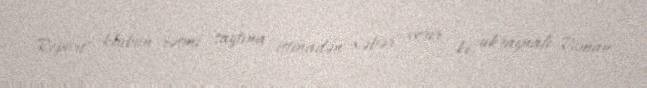
Report" klubun rəsmi saytına istinadən xəbər verir ki, ukraynalı Roman